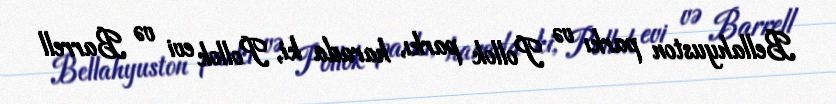
Bellahyuston parkı və Pollok parkı, harada ki, Pollok evi və Barrell